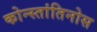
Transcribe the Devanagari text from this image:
कोन्स्तांतिनोस